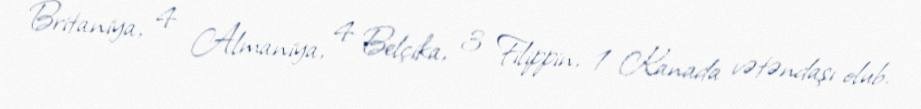
Britaniya, 4 Almaniya, 4 Belçika, 3 Filippin, 1 Kanada vətəndaşı olub.